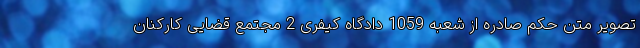
تصویر متن حکم صادره از شعبه 1059 دادگاه کیفری 2 مجتمع قضایی کارکنان